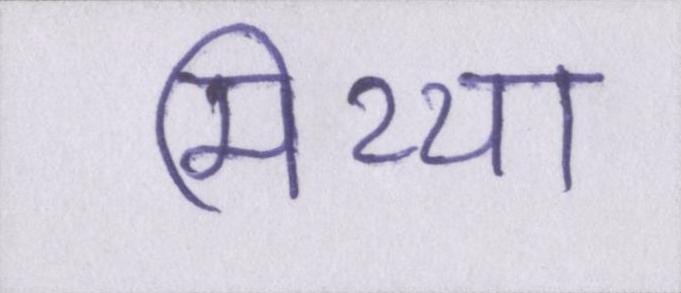
मिथ्या